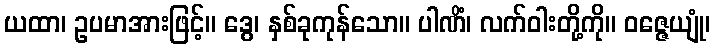
ယထာ၊ ဥပမာအားဖြင့်။ ဒွေ၊ နှစ်ခုကုန်သော။ ပါဏိံ၊ လက်ဝါးတို့ကို။ ဝဇ္ဇေယျုံ၊